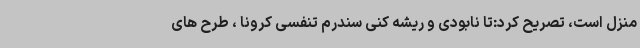
منزل است، تصریح کرد:تا نابودی و ریشه کنی سندرم تنفسی کرونا ، طرح های